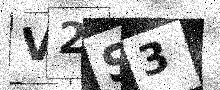
Text: V2S3